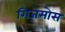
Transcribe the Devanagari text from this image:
गिज़मोस